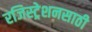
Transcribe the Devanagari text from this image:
रजिस्ट्रेशनसाठी